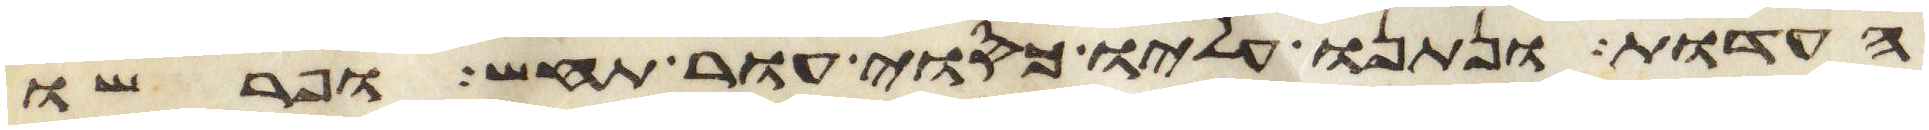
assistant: העדות ונתנו עליו כסוי עור תחש ופרשו